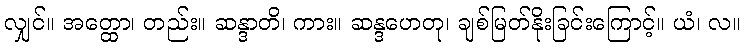
လျှင်။ အတ္ထော၊ တည်း။ ဆန္ဒာတိ၊ ကား။ ဆန္ဒဟေတု၊ ချစ်မြတ်နိုးခြင်းကြောင့်။ ယံ၊ လ။